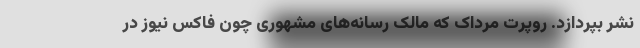
نشر بپردازد. روپرت مرداک که مالک رسانه‌های مشهوری چون فاکس نیوز در